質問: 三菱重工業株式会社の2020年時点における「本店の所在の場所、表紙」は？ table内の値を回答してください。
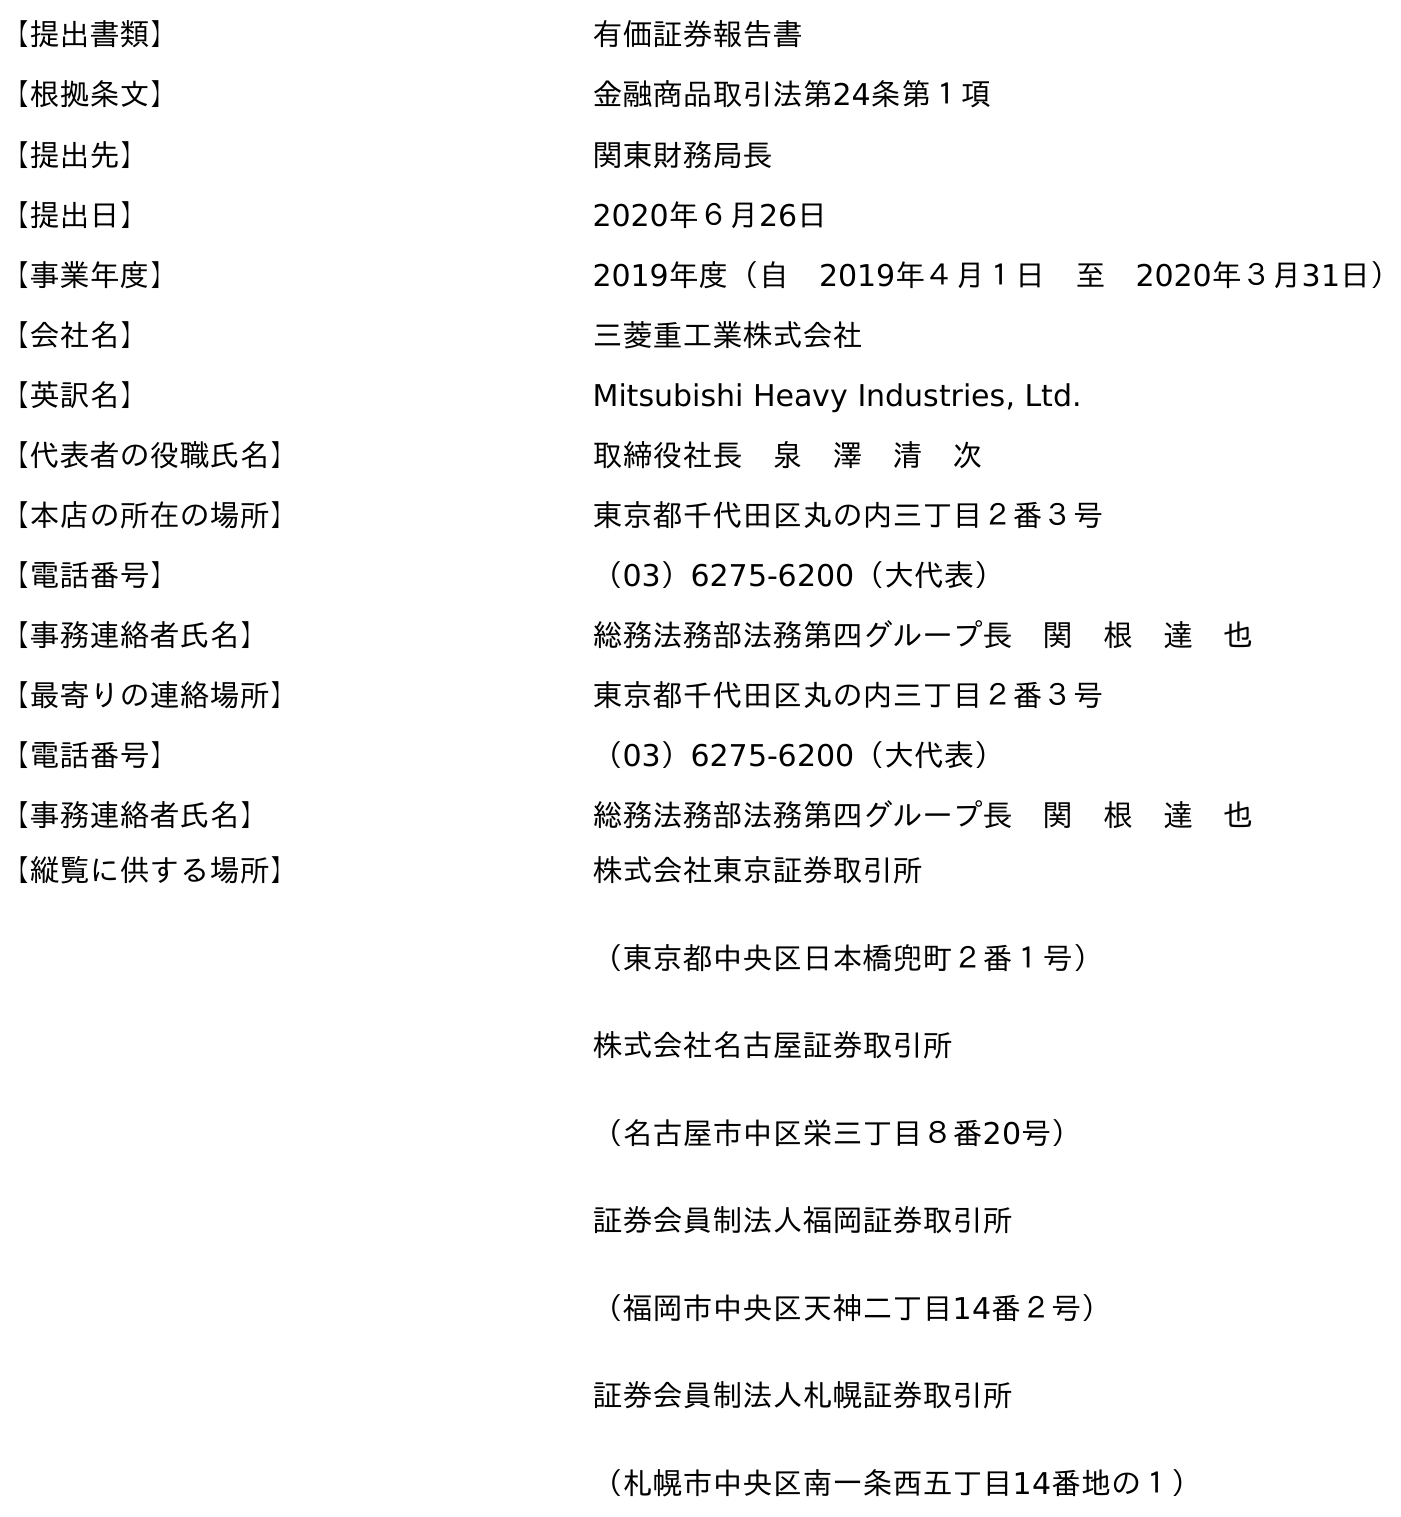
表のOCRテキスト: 【提出書類】 有価証券報告書 【根拠条文】 金融商品取引法第24条第１項 【提出先】 関東財務局長 【提出日】 2020年６月26日 【事業年度】 2019年度（自 2019年４月１日 至 2020年３月31日） 【会社名】 三菱重工業株式会社 【英訳名】 Mitsubishi Heavy Industries, Ltd. 【代表者の役職氏名】 取締役社長 泉 澤 清 次 【本店の所在の場所】 東京都千代田区丸の内三丁目２番３号 【電話番号】 （03）6275-6200（大代表） 【事務連絡者氏名】 総務法務部法務第四グループ長 関 根 達 也 【最寄りの連絡場所】 東京都千代田区丸の内三丁目２番３号 【電話番号】 （03）6275-6200（大代表） 【事務連絡者氏名】 総務法務部法務第四グループ長 関 根 達 也 【縦覧に供する場所】 株式会社東京証券取引所 （東京都中央区日本橋兜町２番１号） 株式会社名古屋証券取引所 （名古屋市中区栄三丁目８番20号） 証券会員制法人福岡証券取引所 （福岡市中央区天神二丁目14番２号） 証券会員制法人札幌証券取引所 （札幌市中央区南一条西五丁目14番地の１）
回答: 東京都千代田区丸の内三丁目２番３号